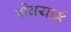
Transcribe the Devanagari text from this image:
ग्रेवयार्ड